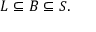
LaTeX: L \subseteq B \subseteq S .